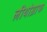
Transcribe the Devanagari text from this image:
लीथोग्राफ